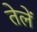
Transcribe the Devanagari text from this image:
तेलें